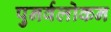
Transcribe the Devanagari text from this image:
पुनर्वलोकन